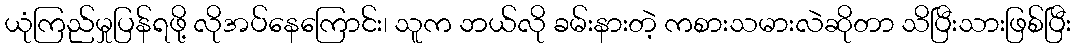
ယုံကြည်မှုပြန်ရဖို့ လိုအပ်နေကြောင်း၊ သူက ဘယ်လို ခမ်းနားတဲ့ ကစားသမားလဲဆိုတာ သိပြီးသားဖြစ်ပြီး